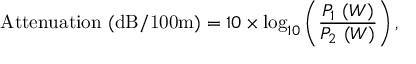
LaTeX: { \mathrm { A t t e n u a t i o n ~ ( d B / 1 0 0 m ) } } = 1 0 \times \log _ { 1 0 } \left( { \frac { P _ { 1 } \ ( W ) } { P _ { 2 } \ ( W ) } } \right) ,